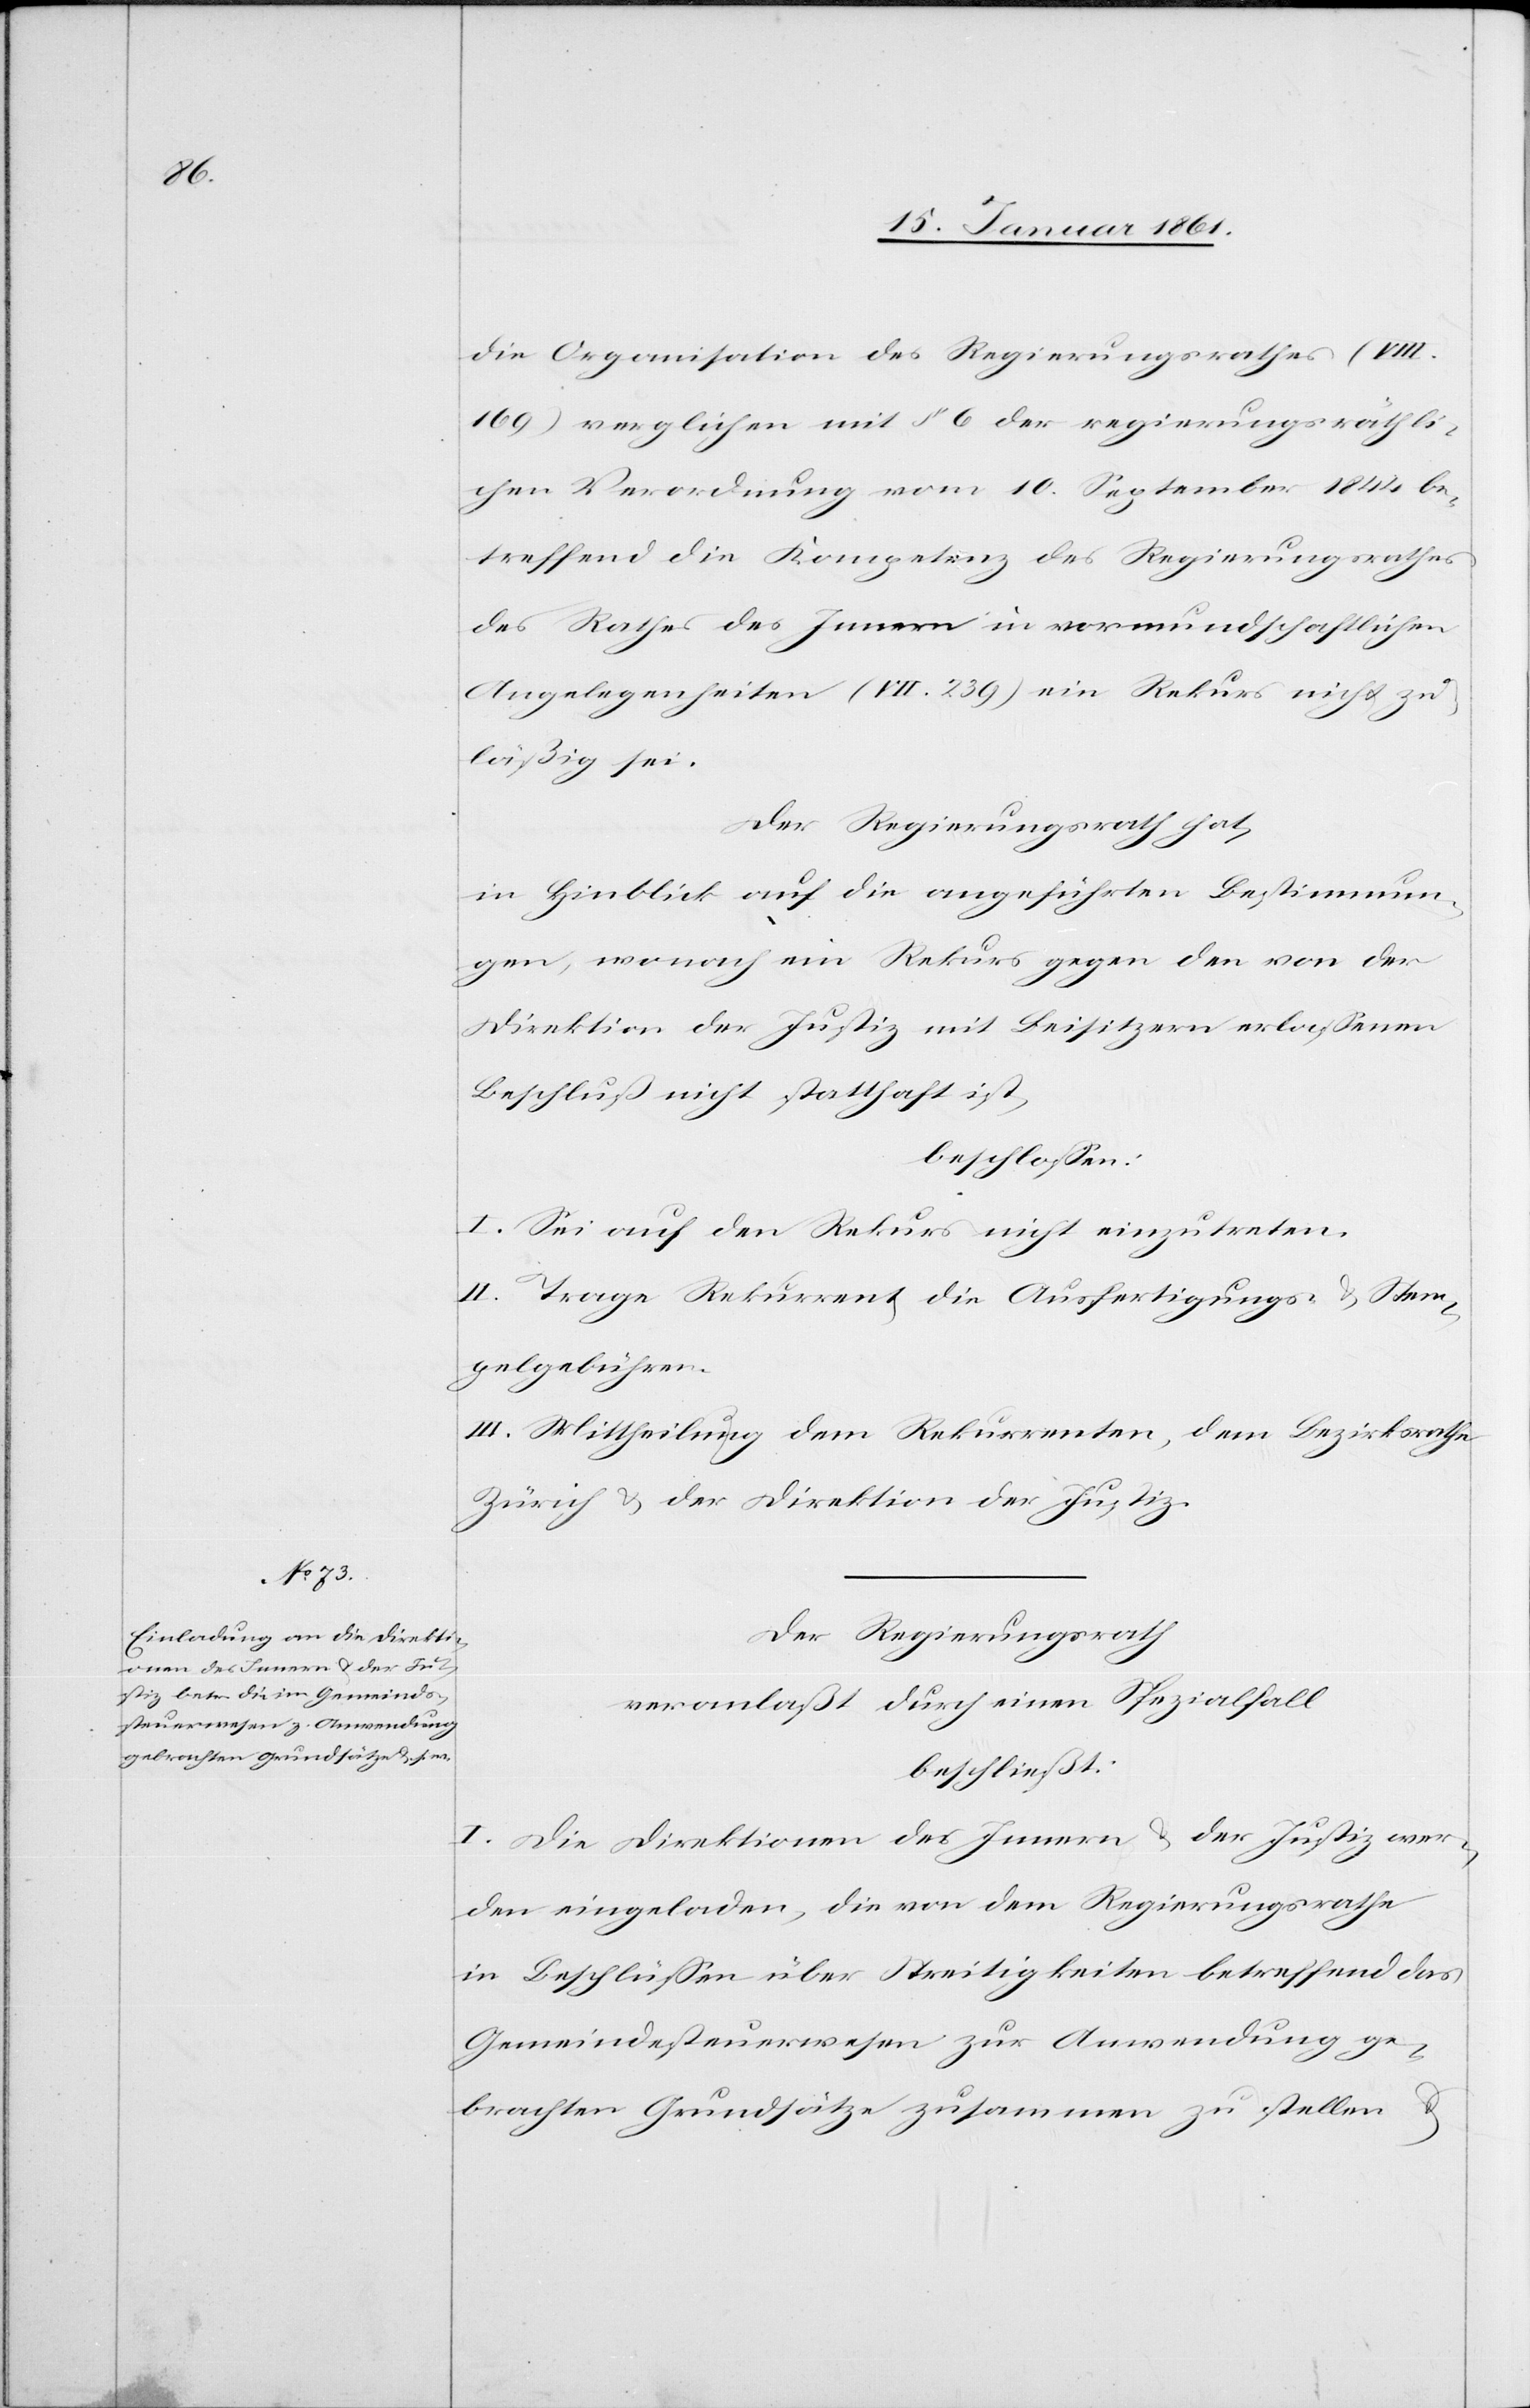
die Organisation des Regierungsrathes (VIII.
169) verglichen mit §. 6 der regierungsräthli¬
chen Verordnung vom 10. September 1844 be¬
treffend die Kompetenz des Regierungsrathes
des Rathes des Innern in vormundschaftlichen
Angelegenheiten (VII. 239) ein Rekurs nicht zu¬
läßig sei.
Der Regierungsrath hat,
in Hinblick auf die angeführten Bestimmun¬
gen, wonach ein Rekurs gegen den von der
Direktion der Justiz mit Beisitzern erlassenen
Beschluß nicht statthaft ist,
beschlossen:
I. Sei auf den Rekurs nicht einzutreten.
II. Trage Rekurrent die Ausfertigungs- u. Stem¬
pelgebühren.
III. Mittheilung dem Rekurrenten, dem Bezirksrathe
Zürich u. der Direktion der Justiz.
Der Regierungsrath
veranlaßt durch einen Spezialfall
beschließt:
I. Die Direktion des Innern u. der Justiz wer¬
den eingeladen, die von dem Regierungsrathe
in Beschlüssen über Streitigkeiten betreffend das
Gemeindesteuerwesen zur Anwendung ge¬
brachten Grundsätze zusammen zu stellen u.